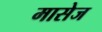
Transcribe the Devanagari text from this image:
मासेज